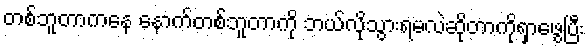
တစ်ဘူတာကနေ နောက်တစ်ဘူတာကို ဘယ်လိုသွားရမလဲဆိုတာကိုရှာဖွေပြီး